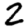
Digit: 2